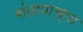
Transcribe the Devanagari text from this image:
संतापाच्या